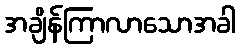
အချိန်ကြာလာသောအခါ